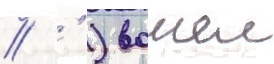
// ' ) вошел